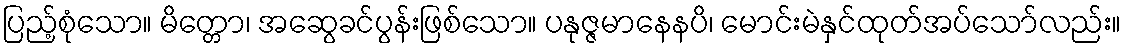
ပြည့်စုံသော။ မိတ္တော၊ အဆွေခင်ပွန်းဖြစ်သော။ ပနုဇ္ဇမာနေနပိ၊ မောင်းမဲနှင်ထုတ်အပ်သော်လည်း။